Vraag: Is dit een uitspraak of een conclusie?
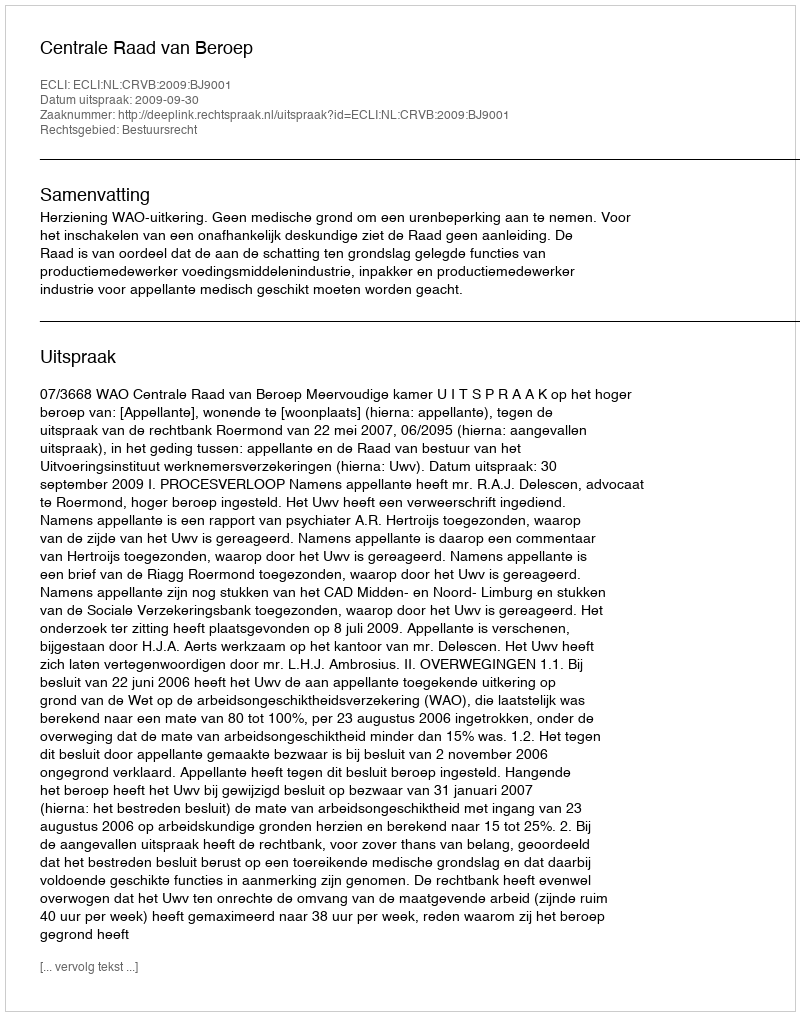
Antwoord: Uitspraak